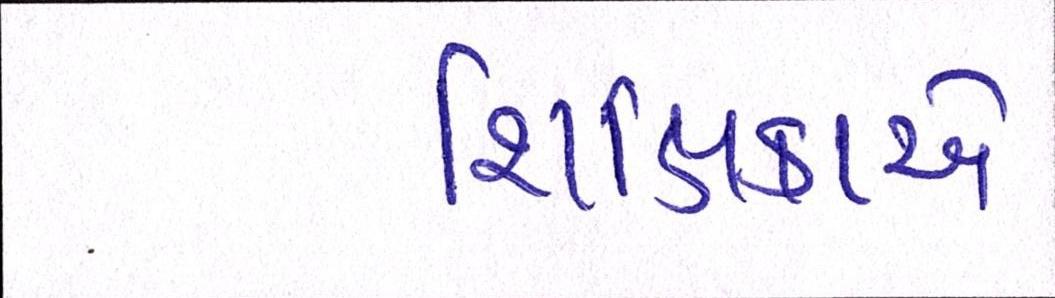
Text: શિક્ષિકાએ